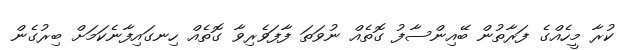
ކުރާ މީހެއްގެ ފަރާތުން ބޭއިންސާފު ގޮތެއް ނުވަތަ ފާފަވެރިވާ ގޮތެއް ހިނގައިފާނެކަމަށް ބިރުގެން